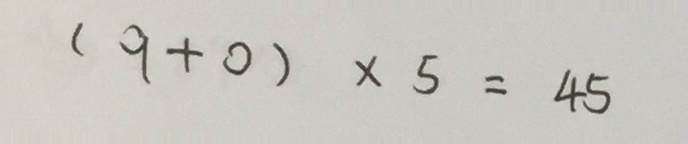
( 9 + 0 ) \times 5 = 4 5